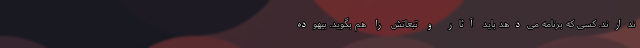
ندارند. کسی که برنامه می‌دهد باید آثار و تبعاتش را هم بگوید. بیهوده